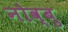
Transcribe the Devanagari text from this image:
नोव्बु